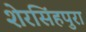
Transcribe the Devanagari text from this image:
शेरसिंहपुरा